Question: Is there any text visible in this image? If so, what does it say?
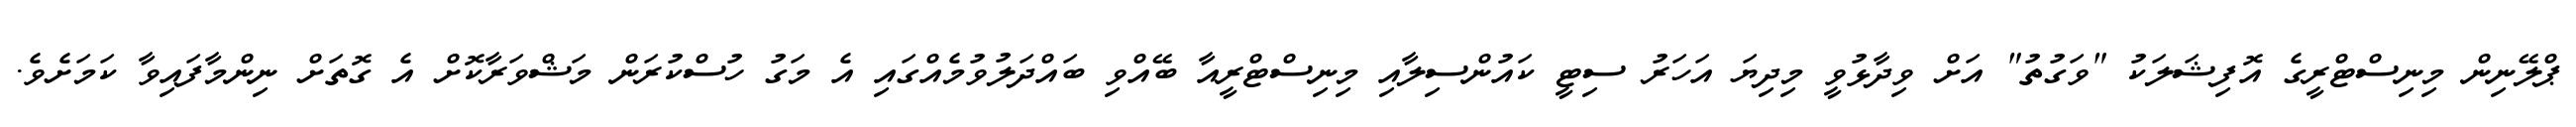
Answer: ޕްލޭނިން މިނިސްޓްރީގެ އޮފިޝަލަކު "ވަގުތު" އަށް ވިދާޅުވީ މިދިޔަ އަހަރު ސިޓީ ކައުންސިލާއި މިނިސްޓްރީއާ ބޭއްވި ބައްދަލުވުމެއްގައި އެ މަގު ހުސްކުރަން މަޝްވަރާކޮށް އެ ގޮތަށް ނިންމާފައިވާ ކަމަށެވެ.